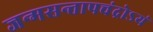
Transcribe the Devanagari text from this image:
जन्मसन्तापचंद्रोऽयं